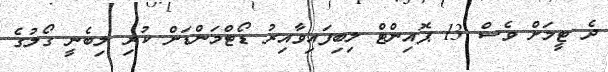
ދެ ޓީމަށް ވެސް 13 ޕޮއިންޓް ލިބިފައިވާއިރު ޑޯޓްމަންޑަށް ކުރި ލިބެނީ ގޯލުގެ